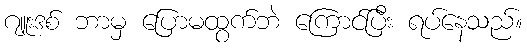
ဂျူးဒစ် ဘာမှ ပြောမထွက်ဘဲ ကြောင်ပြီး ရပ်နေသည်။